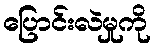
ပြောင်းလဲမှုကို